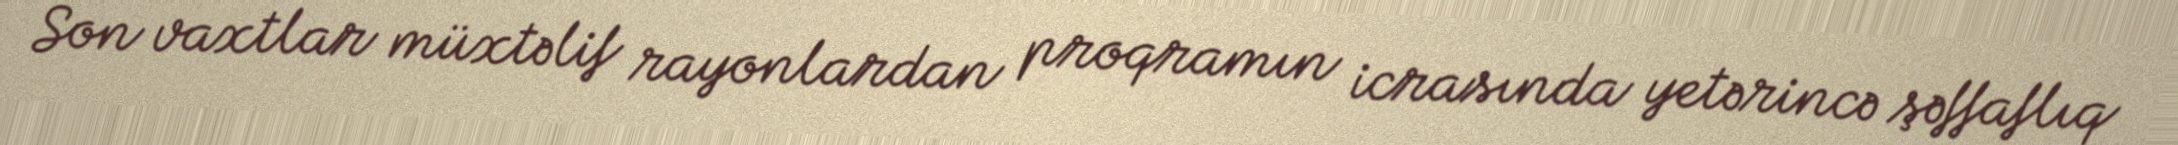
Son vaxtlar müxtəlif rayonlardan proqramın icrasında yetərincə şəffaflıq